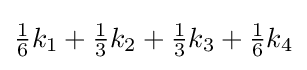
{\tfrac {1}{6}}k_{1}+{\tfrac {1}{3}}k_{2}+{\tfrac {1}{3}}k_{3}+{\tfrac {1}{6}}k_{4}